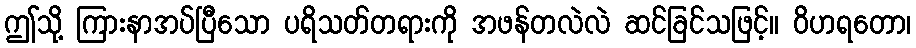
ဤသို့ ကြားနာအပ်ပြီသော ပရိသတ်တရားကို အဖန်တလဲလဲ ဆင်ခြင်သဖြင့်။ ဝိဟရတော၊